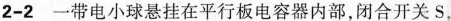
2-2 一带电小球悬挂在平行板电容器内部，闭合开关S，